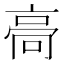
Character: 䯧